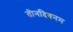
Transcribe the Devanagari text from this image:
तीनदिवनम